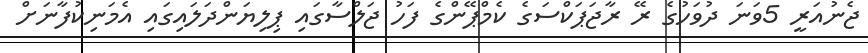
ޖެނުއަރީ 5ވަނަ ދުވަހުގެ ރޭ ރާޖަޕަކްސަގެ ކެމްޕޭންގެ ފަހު ޖަލްސާގައި ޕިލިޔަންދަލައިގައި އެމަނިކުފާނަށް